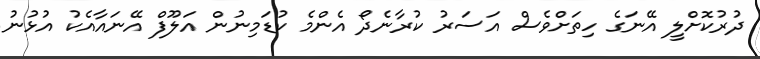
ދުރުކޮށްލީ އޭނަގެ ހިތަށްވެސް އަސަރު ކުރާނެދޯ އެންމެ ކުޑަމިނުން އަލޫފް އޭނައާއެކު އުޅުނު